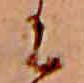
に